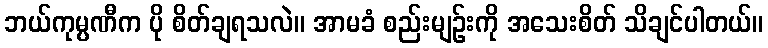
ဘယ်ကုမ္ပဏီက ပို စိတ်ချရသလဲ။ အာမခံ စည်းမျဉ်းကို အသေးစိတ် သိချင်ပါတယ်။